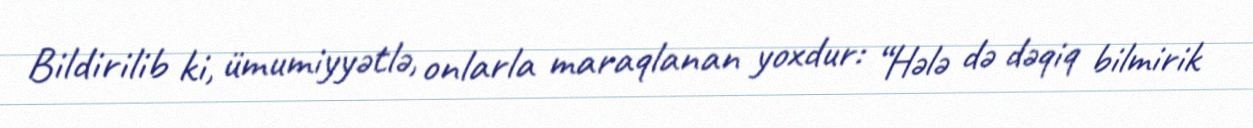
Bildirilib ki, ümumiyyətlə, onlarla maraqlanan yoxdur: “Hələ də dəqiq bilmirik